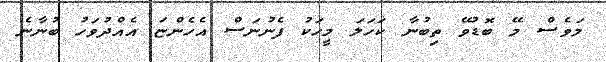
މަވެސް މޭ ބޮޑުވޭ ތިބުނާ ކަހަލަ މީހަކު ފެނުނަސް އެހެންޏަ އެއްދުވަހު ބުނާނެ